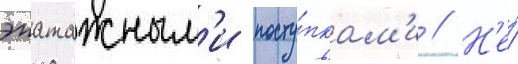
эпатажным'и посту́пкам'и // Н'е́